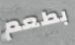
بطعم